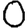
Digit: 0